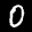
Label: 0